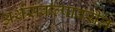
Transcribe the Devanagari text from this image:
अर्थसंकल्पावरील